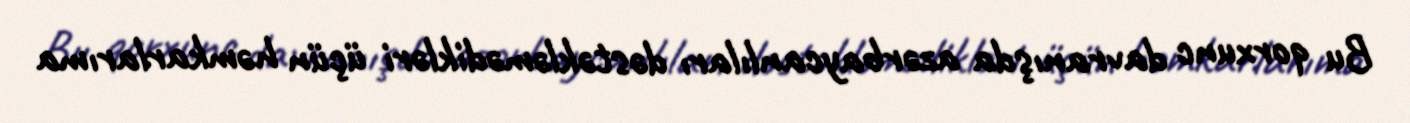
Bu qorxunc davranışda azərbaycanlıları dəstəkləmədikləri üçün həmkarlarıma